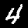
Digit: 4